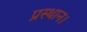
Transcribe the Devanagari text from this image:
प्रस्‍थान।